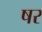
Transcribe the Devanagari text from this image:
षर